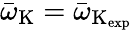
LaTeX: \bar{\omega}_{\mathrm{K}}=\bar{\omega}_{\mathrm{K_{\mathrm{exp}}}}